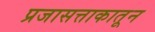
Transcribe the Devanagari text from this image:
प्रजासत्ताकातून